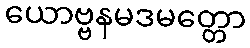
ယောဗ္ဗနမဒမတ္တော